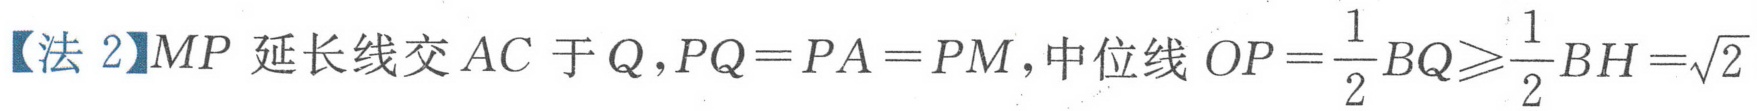
【法 2】\(MP\) 延长线交 \(AC\) 于 \(Q\),\(PQ = PA=PM\),中位线 \(OP=\frac{1}{2}BQ\geqslant\frac{1}{2}BH=\sqrt{2}\)